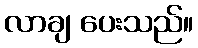
လာချ ပေးသည်။